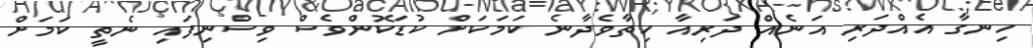
ހިނގާ އެއްދަރި އަނެއް ދަރިއާ ހިތާވެދާނެ ކަމަކަށް ކުޑަކޮންވެސް ވިސްނިފައި ނެތީ ކަމަށް